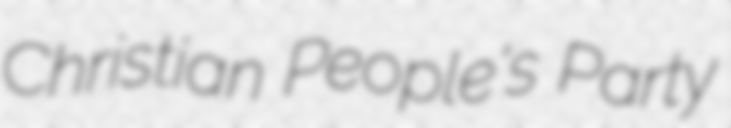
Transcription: Christian People's Party